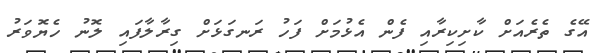
އޭގެ ތެރެއަށް ކާށިކިރާއި ފެން އެޅުމަށް ފަހު ރަނގަޅަށް ގިރާލާފައި ލޮނު ހެޔޮވަރު